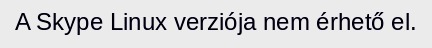
A Skype Linux verziója nem érhető el.